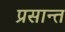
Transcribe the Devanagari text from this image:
प्रसान्त